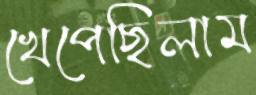
খেপেছিলাম